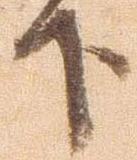
下